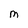
Character: M